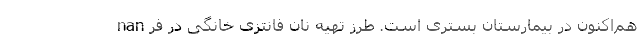
هم‌اکنون در بیمارستان بستری است. طرز تهیه نان فانتزی خانگی در فر nan